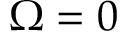
\Omega = 0